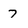
Character: 7